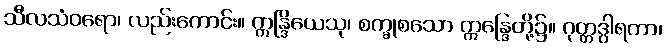
သီလသံဝရော၊ လည်းကောင်း။ ဣန္ဒြိယေသု၊ စက္ခုစသော ဣန္ဒြေတို့၌။ ဂုတ္တဒွါရတာ၊